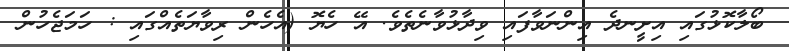
ބޯލާކޮޅުގައި އިށީނދެ އިންނަވާފައި ވިދާޅުވާނެތެވެ. އޭ ހެޔޮ (އެހެން ރިވާޔަތެއްގައި : ހަމަޖެހުން